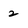
Character: 2